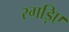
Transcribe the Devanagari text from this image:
रगड़िए